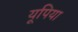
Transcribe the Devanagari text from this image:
यूपिया